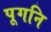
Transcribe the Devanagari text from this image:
पूगनि